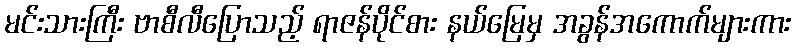
မင်းသားကြီး ဗာစီလီပြောသည့် ရာဇန်ပိုင်စား နယ်မြေမှ အခွန်အကောက်များကား